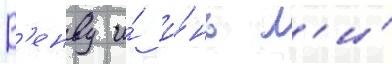
В'енву и́ и́нь л'и́